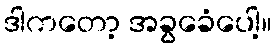
ဒါကတော့ အခွခေံပေါ့။